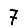
Digit: 7